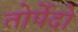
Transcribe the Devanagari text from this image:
तोर्पेदो